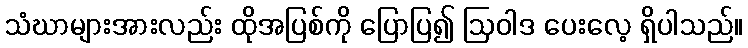
သံဃာများအားလည်း ထိုအပြစ်ကို ပြောပြ၍ ဩဝါဒ ပေးလေ့ ရှိပါသည်။